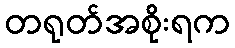
တရုတ်အစိုးရက